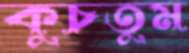
কুচতুম